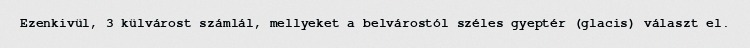
Ezenkivül, 3 külvárost számlál, mellyeket a belvárostól széles gyeptér (glacis) választ el.